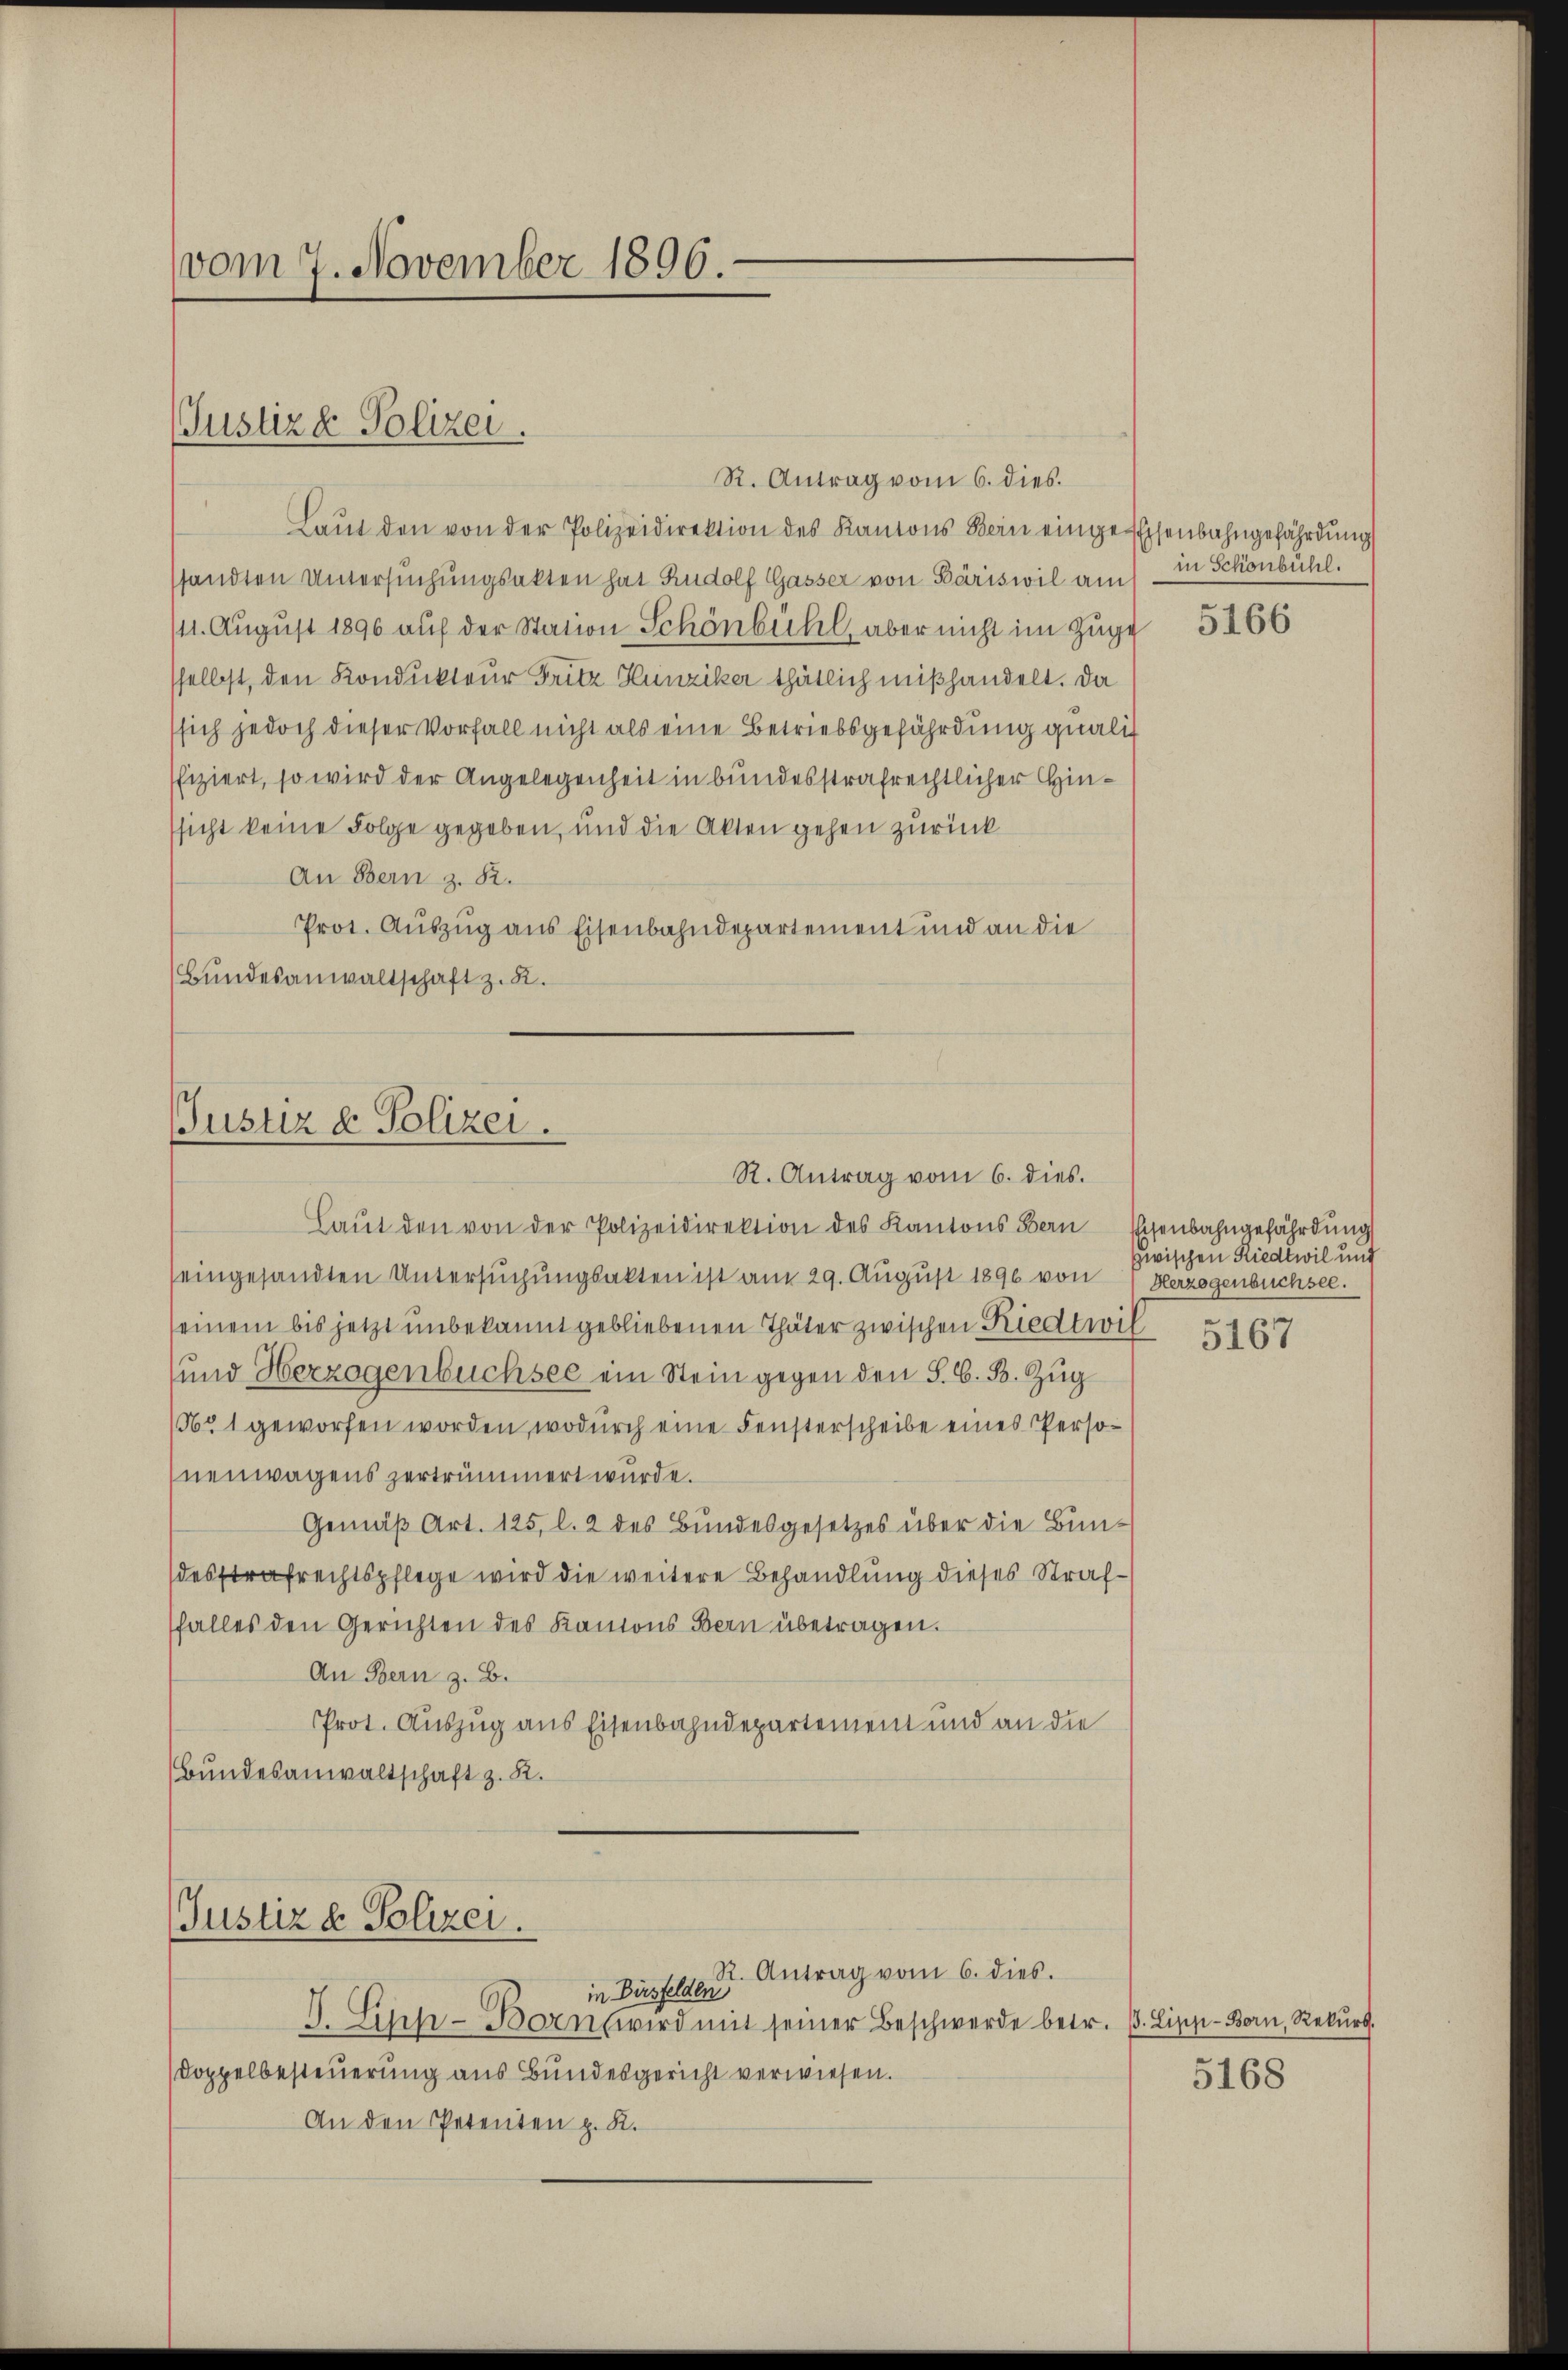
vom 7. November 1896.

(Justiz & Polizei.

R. Antrag vom 6. dies
Laŭt den von der Polizeidirektion des Kantons Bein einige Eisenbahngefährdung
sandten Untersuchungsakten hat Rudolf Gasser von Bäriswil am - in Schönbühl.
111. August 1896 auf der Station Schönbühl, aber nicht im Zuge
sselbst, den Kondukteur Fritz Hunziker thätlich mißhandelt. Da
sich jedoch dieser Vorfall nicht als eine Betriebsgefährdung qualit
fiziert, so wird der Angelegenheit in bundesstrafrechtlicher Hinssicht keine Folge gegeben, und die Akten gehen zurück
An Bern z. R.
Prot. Auszug aus Eisenbahndepartement und an die
(Bundesanwaltschaft z. B.

Justiz & Polizei.
R. Antrag vom 6. dies.

(Justiz & Polizei.

Laŭt den von der Polizeidirektion des Kantons Bern Eisenbahngefährdung
seingesandten Untersuchungsakten ist am 29. August 1890 von
seinem bis jetzt unbekannt gebliebenen Thäter zwischen Riedtwil
und Herzogenbüchsee ein Stein gegen den S. G. B. Zug
/6 1 geworfen worden, wodurch eine Fensterscheibe eines Personenwagens zertrümmert wurde.
Gemäß Art. 125, l. 2 des Bundesgesetzes über die Bundesstrafrechtspflege wird die weitere Behandlung dieses Straffalles den Gerichten des Kantons Bern übetragen.
An Bern z. B.
Prot. Auszug aus Eisenbahndepartemen und an die
Bundesanwaltschaft z. 82.

R. Antrag vom 6. dies.
in Dirsfelden
I. Sieh- Born wird mit seiner Beschwerde betr. B. Lipp-Born, Rekŭrs.
Doppelbesteuerung aus Bundesgericht verwiesen.
An den Petenten z. B.

5166

zwischen Riedtwil und
Herzogenbuchsee.

5167

5168